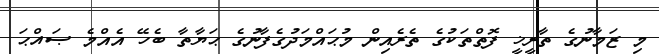
މި ޒަމާނުގެ ތާރީޚީ ފޮތްތަކުގެ ތެރެއިން މުޙައްމަދުގެފާނުގެ ޙަޔާތާ ބެހޭ އެއްމެ ޞައްޙަ